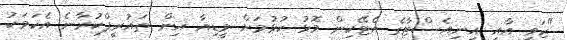
"ޒަވީ އާއި އިނިއެސްޓާގެ އެޓޭކިން މޮޅު ކުޅުމަށް މީޑިއާ އިން ތައުރީފްކުރާނެ އެކަމަކު